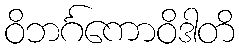
ဝိဘင်္ဂကောဝိဒါတိ